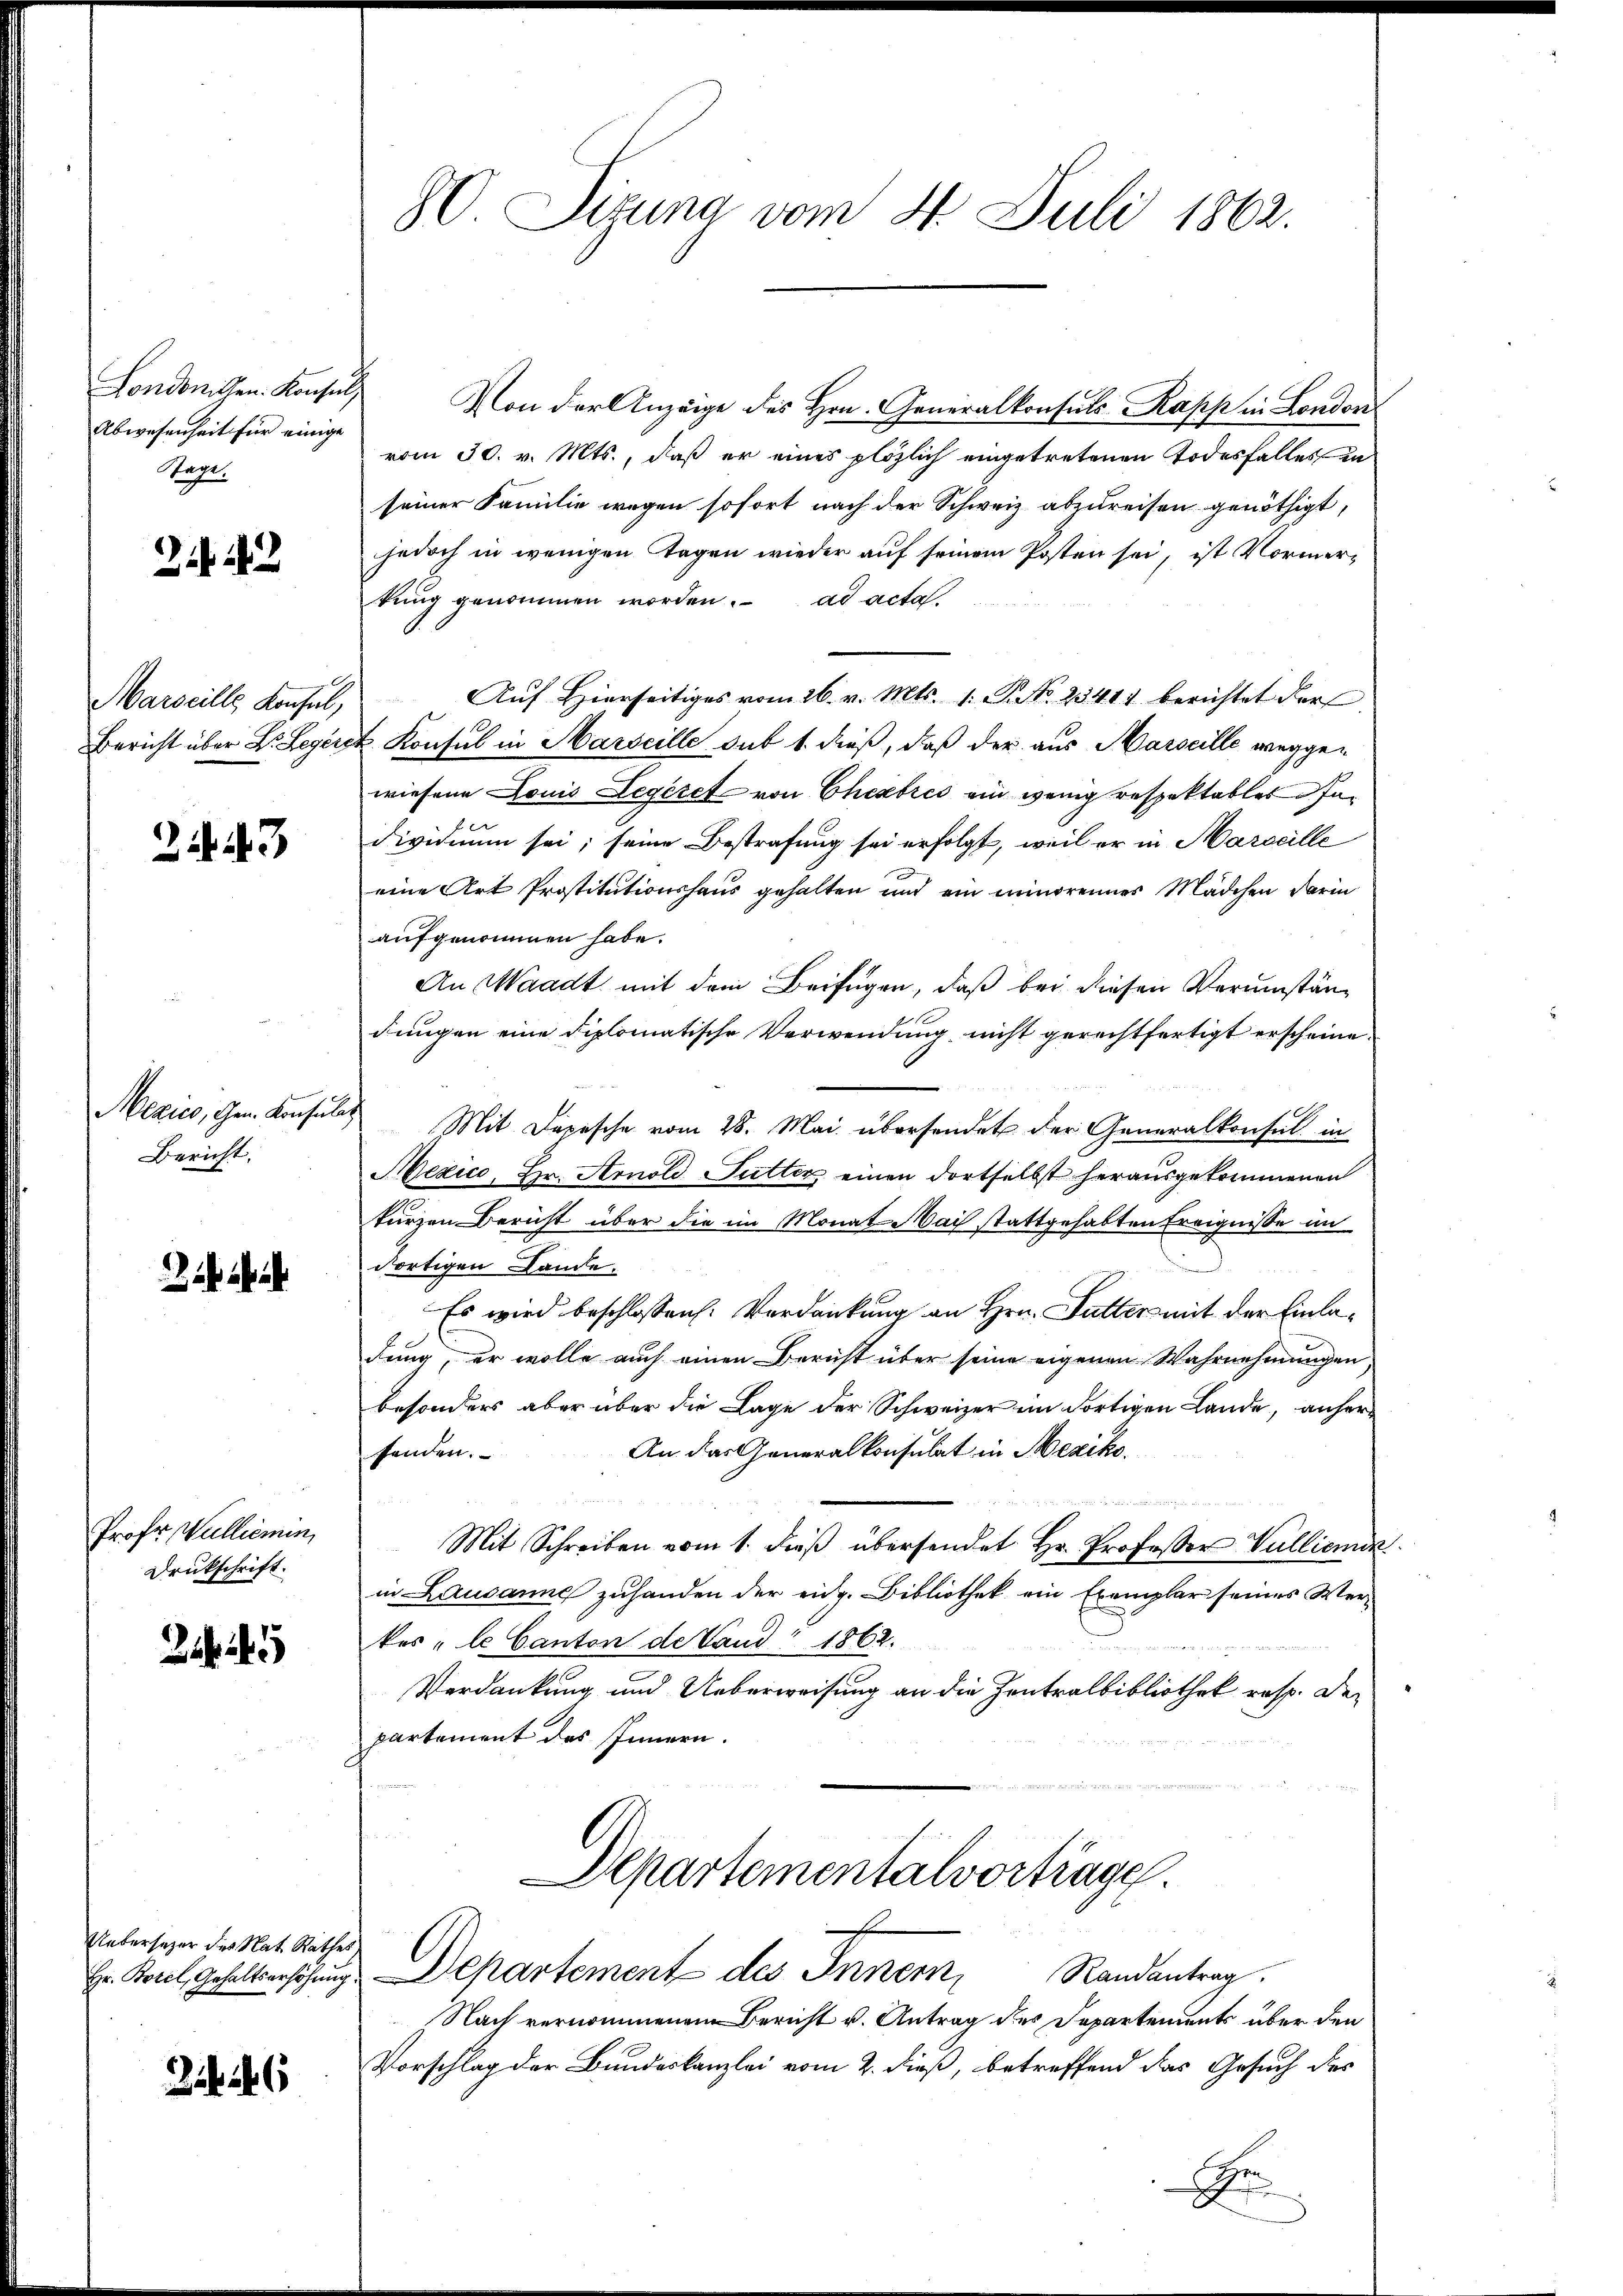
Londonillen. Konsul
Abwesenheit für einige
Stagt.

242

Marseille Konsul,
Bericht über B. Legerer

243

Mexico, Gem. Konsulat
Bericht.

Prof. Wallierun
Druckschrift.

Uebersezer der Nat. Rathes

ihit 6

80. Sizung vom 4. Juli 1862.

Von der Anzeige des Hrn. Generalkonsuls-Rapp in London
vom 30. v. Mts., daß er eines plözlich eingetretenen Todesfalles in
seiner Familie wegen sofort nach der Schweiz abzureisen genöthigt,
jedoch in wenigen Tagen wieder auf seinem Posten sei, ist Vormerkung genommen worden. ad acta.
Auf Hierseitiges vom 26. v. Mts. 1. P. No. 2341. berichtet der
t. Konsul in Marseille sub 1. dieß, daß der aus Marseille weggewiesene Louis Legeret von Cherbres ein wenig respektables Ine
dividuum sei; seine Bestrafung sei erfolgt, weil er in Marseille
eine Art Prostitutionshaus gehalten und ein minorennes Mädchen darin
aufgenommen habe.
An Waadt mit dem Beifügen, daß bei diesen Verumständungen eine diplomatische Verwendung nicht gerechtfertigt erscheine
Mit Depesche vom 28. Mai übersendet der Generalkonsul in
Mexico, Hr. Arnold Futter einen dortselbst herausgekommenen
kurzen Bericht über die im Monat Mai stattgehabten Ereignisse im
dortigen Lande.
Es wird beschlossen: Verdankung an Hrn. Futter mit der Einladung, er wolle auch einen Bericht über seine eigenen Wahrnehmungen,
besonders aber über die Lage der Schweizer im dortigen Lande, anher¬
An das Generalkonsulat in Mexiko
fenden.
i

Mit Schreiben vom 1. dieß übersendet Hr. Professor Vullienik
in Lausanne zuhanden der eidg. Bibliothek ein Exemplar seines Werkes „le Canton de Vand" 1862.
Verdankung und Ueberweisung an die Zentralbibliothek resp. der
partement des Innern.
Departementalvortrage
Hr. Borel, Gehalterschungs Departement des Innern,
Randantrag.
Nach vernommenem Bericht v. Antrag des Departements über den
Vorschlag der Bundeskanzlei vom 2. dieß, betreffend das Gesuch des
Be